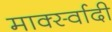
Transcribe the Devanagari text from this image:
मार्क्स्वादी